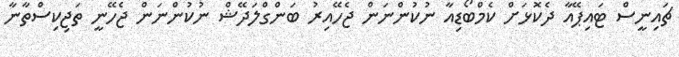
ޗައިނީސް ޓައިޕޭއާ ދެކޮޅަށް ކެމްބޯޑިއާ ނުކުންނަން ޖެހޭއިރު ބަންގްލަދޭޝް ނުކުންނަން ޖެހޭނީ ތަޖިކިސްތާނާ